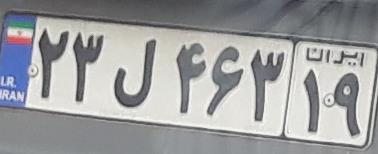
۲۳ل۴۶۳۱۹